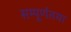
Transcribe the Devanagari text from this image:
सम्पूर्णतया